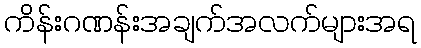
ကိန်းဂဏန်းအချက်အလက်များအရ